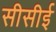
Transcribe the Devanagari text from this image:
सीसीई